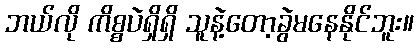
ဘယ်လို ကိစ္စပဲရှိရှိ သူနဲ့တော့ခွဲမနေနိုင်ဘူး။